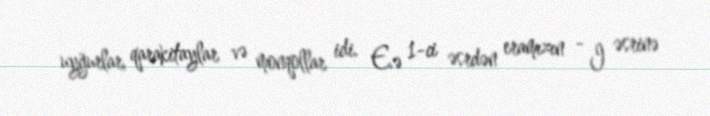
uyğurlar, qarakitaylar və monqollar idi. E.ə 1-ci əsrdən eramızın - I əsrinə